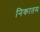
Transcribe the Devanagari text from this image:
निकातम